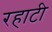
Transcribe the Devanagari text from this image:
रहाटी